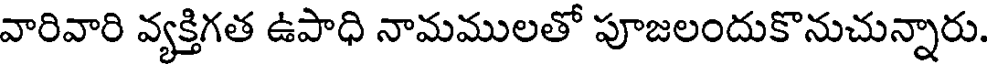
వారివారి వ్యక్తిగత ఉపాధి నామములతో పూజలందుకొనుచున్నారు.